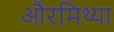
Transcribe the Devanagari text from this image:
औरमिथ्या